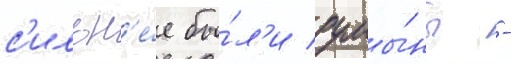
с'ильн'е́е бы́л'и румы́ны -